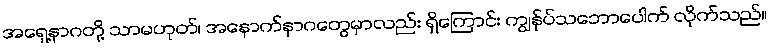
အရှေ့နာဂတို့ သာမဟုတ်၊ အနောက်နာဂတွေမှာလည်း ရှိကြောင်း ကျွန်ုပ်သဘောပေါက် လိုက်သည်။